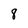
Character: 8